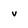
Character: v